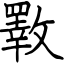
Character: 斁